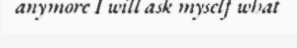
anymore I will ask myself what